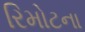
રિમોટના